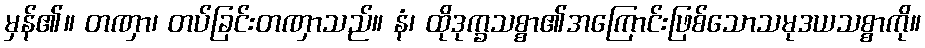
မှန်၏။ တဏှာ၊ တပ်ခြင်းတဏှာသည်။ နံ၊ ထိုဒုက္ခသစ္စာ၏အကြောင်းဖြစ်သောသမုဒယသစ္စာကို။